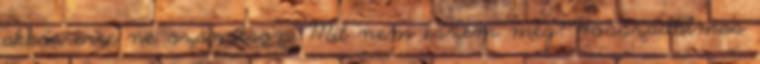
akkor erre ne számítson. Mit nem eszem még? Hosszadalmas